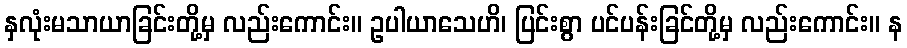
နှလုံးမသာယာခြင်းတို့မှ လည်းကောင်း။ ဥပါယာသေဟိ၊ ပြင်းစွာ ပင်ပန်းခြင်တို့မှ လည်းကောင်း။ န